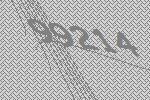
99214